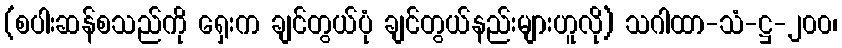
(စပါးဆန်စသည်ကို ရှေးက ချင်တွယ်ပုံ ချင်တွယ်နည်းများဟူလို) သဂါထာ-သံ-ဋ္ဌ-၂၀၀၊